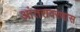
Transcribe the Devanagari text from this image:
आंतरावरणास